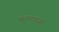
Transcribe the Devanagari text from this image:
मलपृष्ठावर